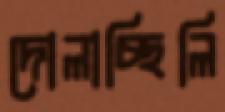
দোলাচ্ছিলি